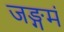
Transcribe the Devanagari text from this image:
जङ्गमं